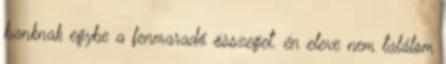
banknak egybe a fenmaradó összeget. én eleve nem találom